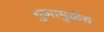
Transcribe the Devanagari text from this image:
गुणामुळेच